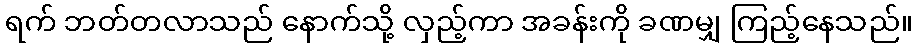
ရက် ဘတ်တလာသည် နောက်သို့ လှည့်ကာ အခန်းကို ခဏမျှ ကြည့်နေသည်။